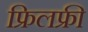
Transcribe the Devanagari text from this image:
फ्रिलफ्री